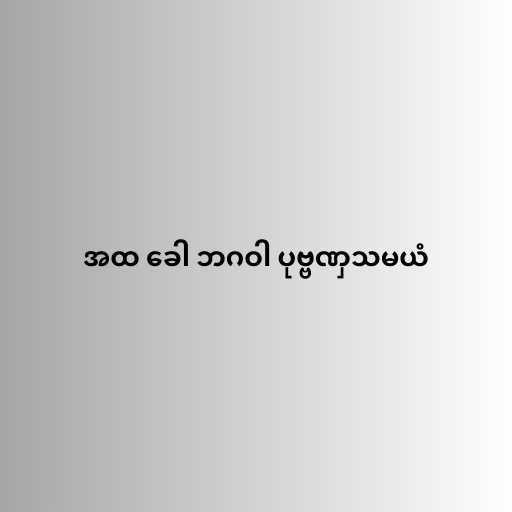
အထ ခေါ ဘဂဝါ ပုဗ္ဗဏှသမယံ